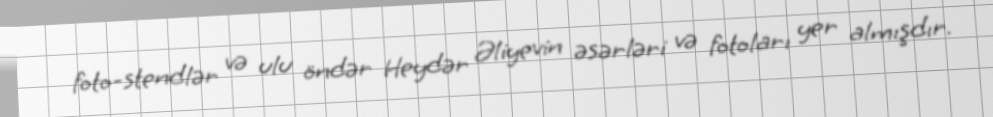
foto-stendlər və ulu öndər Heydər Əliyevin əsərləri və fotoları yer almışdır.